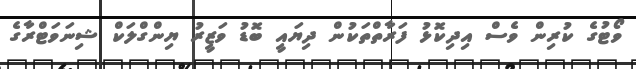
ވޯޓުގެ ކުރިން ވެސް އިދިކޮޅު ފަރާތްތަކުން ދިޔައީ ބޮޑު ވަޒީރު ޔިންގްލަކް ޝިނަވަޓްރާގެ